Lunatic asylums in Bengal annual reports 1912-1924 - 1912-1924
Year: 1912
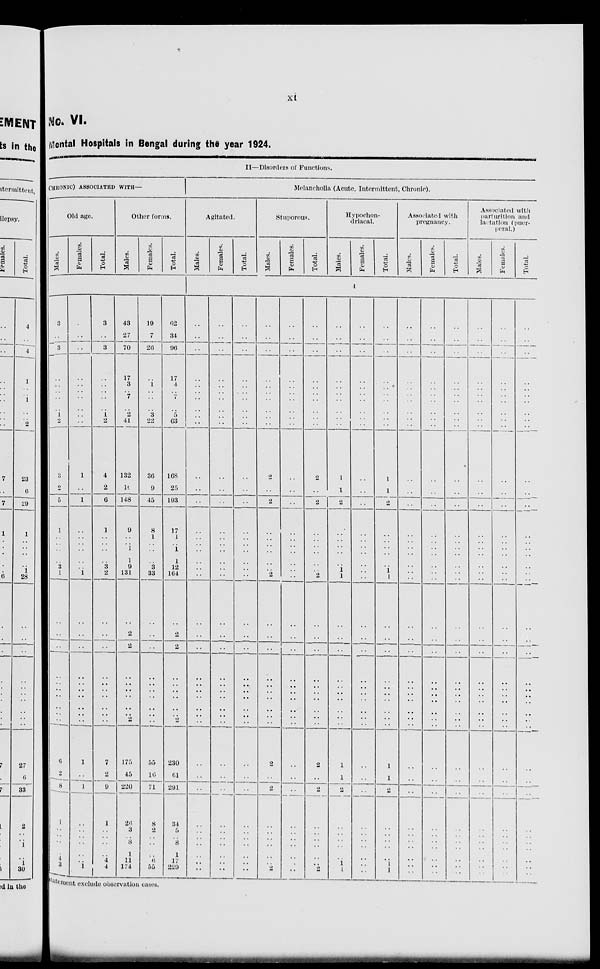
xi
No. VI.
Mental Hospitals in Bengal during the year 1924.
II—Disorders of Functions.
CHRONIC) ASSOCIATED WITH—
Old age.
Males.
Females.
Total.
Other forms.
Males.
Females.
Total.
3
..
3
..
..
..
..
..
1
2
3
2
5
1
..
..
..
..
3
1
..
..
..
..
..
..
..
..
..
..
6
2
8
1
..
..
..
..
4 3
..
..
..
..
..
..
..
..
..
..
1
..
1
..
..
..
..
..
..
1
..
..
..
..
..
..
..
..
..
..
1
..
1
..
..
..
..
..
..
1
3
..
3
..
..
..
..
..
1
2
4
2
6
1
..
..
..
..
3
2
..
..
..
..
..
..
..
..
..
..
7
2
9
1
..
..
..
..
4
4
43
27
70
17
3
..
7
..
2
41
132
10
148
9
..
..
1
1
9
131
..
2
2
..
..
..
..
..
..
..
175
45
220
26
3
..
8
1
11
174
19
7
26
..
1
..
..
..
3
22
36
9
45
8
1
..
..
..
3
33
..
..
..
..
..
..
..
..
..
..
55
16
71
8
2
..
..
..
6
55
62
34
96
17
4
..
7
..
5
63
168
25
193
17
1
..
1
1
12
164
..
2
2
..
..
..
..
..
..
..
230
61
291
34
5
..
8
1
17
229
Melancholia (Acute, Intermittent, Chronic).
Agitated.
Males.
Females.
Total.
Stuporous.
Males.
Females.
Total.
Hypochon-
driacal.
Males.
Females.
Total.
Associated with
pregnancy.
Males.
Females.
Total.
Associated with
parturition and
lactation (puer-
peral.)
Males.
Females.
Total.
4
..
..
..
..
..
..
..
..
..
..
..
..
..
..
..
..
..
..
..
..
..
..
..
..
..
..
..
..
..
..
..
..
..
..
..
..
..
..
..
..
..
..
..
..
..
..
..
..
..
..
..
..
..
..
..
..
..
..
..
..
..
..
..
..
..
..
..
..
..
..
..
..
..
..
..
..
..
..
..
..
..
..
..
..
..
..
..
..
..
..
..
..
..
..
..
..
..
..
..
..
..
..
..
..
..
..
..
..
..
..
..
..
..
..
..
..
..
..
..
..
..
..
..
..
..
..
..
..
..
..
2
..
2
..
..
..
..
..
..
2
..
..
..
..
..
..
..
..
..
..
2
..
2
..
..
..
..
..
..
2
..
..
..
..
..
..
..
..
..
..
..
..
..
..
..
..
..
..
..
..
..
..
..
..
..
..
..
..
..
..
..
..
..
..
..
..
..
..
..
..
..
..
..
..
..
..
..
..
..
..
2
..
2
..
..
..
..
..
..
2
..
..
..
..
..
..
..
..
..
..
2
..
2
..
..
..
..
..
..
2
..
..
..
..
..
..
..
..
..
..
1
1
2
..
..
..
..
..
1 1
..
..
..
..
..
..
..
..
..
..
1
1
2
..
..
..
..
..
1
1
..
..
..
..
..
..
..
..
..
..
..
..
..
..
..
..
..
..
..
..
..
..
..
..
..
..
..
..
..
..
..
..
..
..
..
..
..
..
..
..
..
..
..
..
..
..
..
..
..
..
1
1
2
..
..
..
..
..
1
1
..
..
..
..
..
..
..
..
..
..
1
1
2
..
..
..
..
..
1
1
..
..
..
..
..
..
..
..
..
..
..
..
..
..
..
..
..
..
..
..
..
..
..
..
..
..
..
..
..
..
..
..
..
..
..
..
..
..
..
..
..
..
..
..
..
..
..
..
..
..
..
..
..
..
..
..
..
..
..
..
..
..
..
..
..
..
..
..
..
..
..
..
..
..
..
..
..
..
..
..
..
..
..
..
..
..
..
..
..
..
..
..
..
..
..
..
..
..
..
..
..
..
..
..
..
..
..
..
..
..
..
..
..
..
..
..
..
..
..
..
..
..
..
..
..
..
..
..
..
..
..
..
..
..
..
..
..
..
..
..
..
..
..
..
..
..
..
..
..
..
..
..
..
..
..
..
..
..
..
..
..
..
..
..
..
..
..
..
..
..
..
..
..
..
..
..
..
..
..
..
..
..
..
..
..
..
..
..
..
..
..
..
..
..
..
..
..
..
..
..
..
..
..
..
..
..
..
..
..
..
..
..
..
..
..
..
..
..
..
..
..
..
..
..
..
..
..
..
..
..
..
..
..
..
..
..
..
..
..
..
statement exclude observation cases.